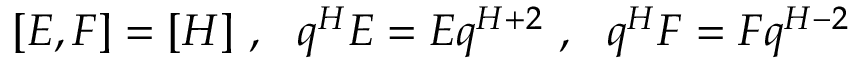
[ E , F ] = [ H ] \ , \ \ q ^ { H } E = E q ^ { H + 2 } \ , \ \ q ^ { H } F = F q ^ { H - 2 }